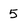
Character: 5